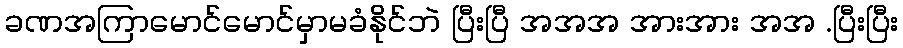
ခဏအကြာမောင်မောင်မှာမခံနိုင်ဘဲ ပြီးပြီ အအအ အားအား အအ .ပြီးပြီး